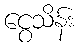
ငွေသိန်း